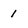
Character: I